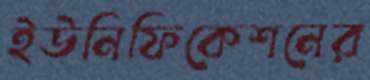
ইউনিফিকেশনের